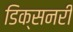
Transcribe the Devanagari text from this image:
डिक्सनरी